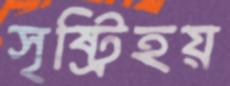
সৃষ্ট্রিহয়